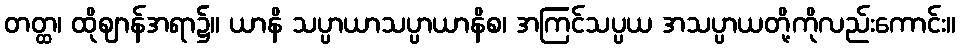
တတ္ထ၊ ထိုဈာန်အရာ၌။ ယာနိ သပ္ပာယာသပ္ပာယာနိစ၊ အကြင်သပ္ပယ အသပ္ပာယတို့ကိုလည်းကောင်း။